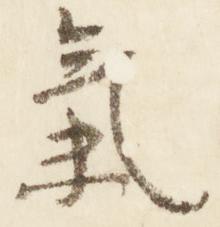
気